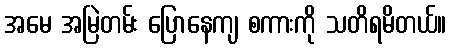
အမေ အမြဲတမ်း ပြောနေကျ စကားကို သတိရမိတယ်။